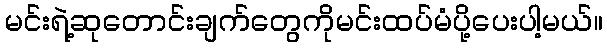
မင်းရဲ့ဆုတောင်းချက်တွေကိုမင်းထပ်မံပို့ပေးပါ့မယ်။